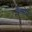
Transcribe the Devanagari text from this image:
नेल्सेन